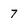
Character: 7